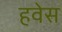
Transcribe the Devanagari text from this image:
हवेस